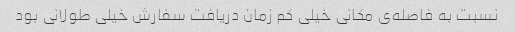
نسبت به فاصله‌ی مکانی خیلی کم زمان دریافت سفارش خیلی طولانی بود